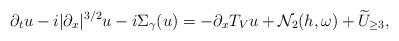
LaTeX: \begin{align*}\partial_t u - i |\partial_x|^{3/2} u - i \Sigma_\gamma (u) = - \partial_x T_V u + \mathcal{N}_2(h,\omega) + \widetilde{U}_{\geq 3},\end{align*}